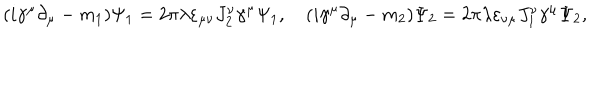
( i \gamma ^ { \mu } \partial _ { \mu } - m _ { 1 } ) \Psi _ { 1 } = 2 \pi \lambda \varepsilon _ { \mu \nu } J _ { 2 } ^ { \nu } \gamma ^ { \mu } \Psi _ { 1 } , \quad ( i \gamma ^ { \mu } \partial _ { \mu } - m _ { 2 } ) \Psi _ { 2 } = 2 \pi \lambda \varepsilon _ { \nu \mu } J _ { 1 } ^ { \nu } \gamma ^ { \mu } \Psi _ { 2 } ,